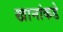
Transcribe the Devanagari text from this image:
खानांकडे